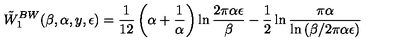
\tilde { W } _ { 1 } ^ { B W } ( \beta , \alpha , y , \epsilon ) = { \frac { 1 } { 1 2 } } \left( \alpha + { \frac { 1 } { \alpha } } \right) \ln { \frac { 2 \pi \alpha \epsilon } { \beta } } - \frac 1 2 \ln { \frac { \pi \alpha } { \ln { ( \beta / 2 \pi \alpha \epsilon ) } } }